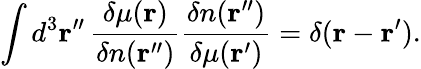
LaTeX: \int d^{3}\mathbf{r}^{\prime\prime}\, {\frac{\delta\mu(\mathbf{r})}{\delta n(\mathbf{r}^{\prime\prime})}}{\frac{\delta n(\mathbf{r}^{\prime\prime})}{\delta\mu(\mathbf{r}^{\prime})}}=\delta(\mathbf{r}-\mathbf{r}^{\prime}).